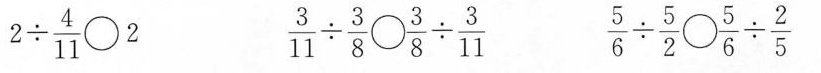
$$2 \div \frac { 4 } { 1 1 } \bigcirc 2$$$$\frac { 3 } { 1 1 } \div \frac { 3 } { 8 } \bigcirc \frac { 3 } { 8 } \div \frac { 3 } { 1 1 }$$$$\frac { 5 } { 6 } \div \frac { 5 } { 2 } \bigcirc \frac { 5 } { 6 } \div \frac { 2 } { 5 }$$